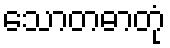
သောတဓာတုံ